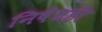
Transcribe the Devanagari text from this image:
निषेधही